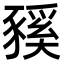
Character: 豯